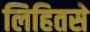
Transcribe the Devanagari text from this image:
लिहितसे